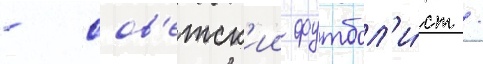
- сов'етск'ии футбол'и́ст /